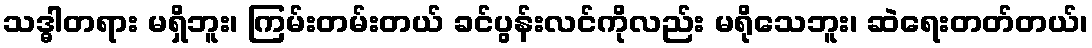
သဒ္ဓါတရား မရှိဘူး၊ ကြမ်းတမ်းတယ် ခင်ပွန်းလင်ကိုလည်း မရိုသေဘူး၊ ဆဲရေးတတ်တယ်၊